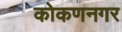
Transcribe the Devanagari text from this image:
कोकणनगर